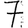
Digit: 7